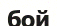
бой